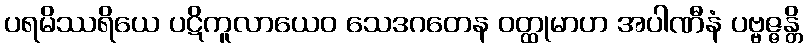
ပရမိဿရိယေ ပဋိကူလာယေဝ သေဒဂတေန ဝတ္ထုမာဟ အပါဏီနံ ပဗ္ဗဇ္ဇန္တိ